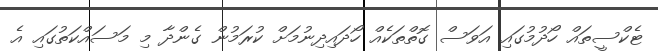
ޓެކްސީތައް ހޯދުމުގައި އަވަސް ގޮތްތަކެއް ހޯދައިދިނުމަށް ކުރަމުން ގެންދާ މި މަސައްކަތުގައި އެ